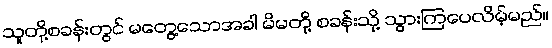
သူတို့စခန်းတွင် မတွေ့သောအခါ မိမတို့ စခန်းသို့ သွားကြပေလိမ့်မည်။